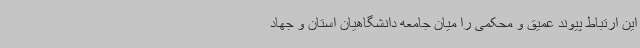
این ارتباط پیوند عمیق و محکمی را میان جامعه دانشگاهیان استان و جهاد